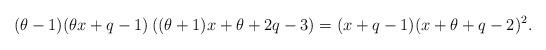
LaTeX: \begin{align*}(\theta-1)(\theta x+q-1)\left((\theta+1)x+\theta+2q-3\right)= (x+q-1)(x+\theta+q-2)^2.\end{align*}